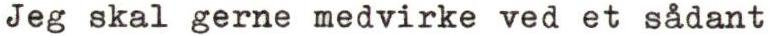
Jeg skal gerne medvirke ved et sådant